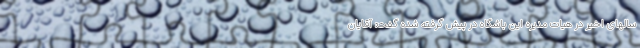
سالهای اخیر در هیات مدیره این باشگاه در پیش گرفته شده گفت: آقایان